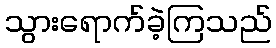
သွားရောက်ခဲ့ကြသည်